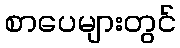
စာပေများတွင်